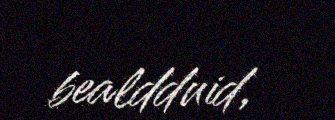
bealdduid,